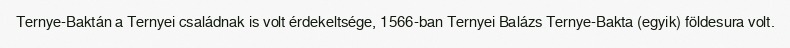
Ternye-Baktán a Ternyei családnak is volt érdekeltsége, 1566-ban Ternyei Balázs Ternye-Bakta (egyik) földesura volt.